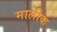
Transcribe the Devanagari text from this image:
मालीक